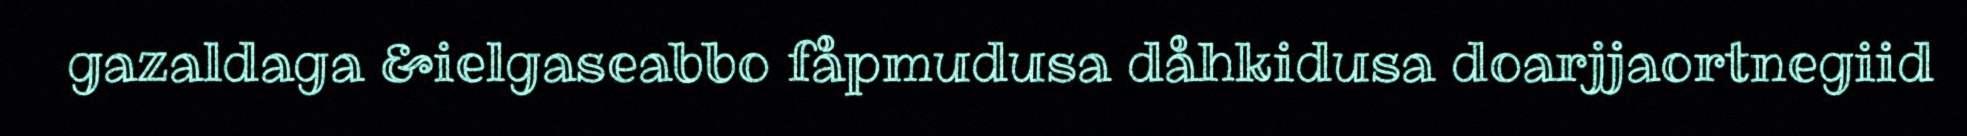
gazaldaga &ielgaseabbo fåpmudusa dåhkidusa doarjjaortnegiid